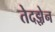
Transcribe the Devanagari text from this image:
तेदझ़ेन